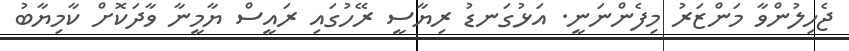
ޖެހިލުންވާ މަންޒަރު މިފެންނަނީ. އަޅުގަނޑު ރިޔާސީ ރޭހުގައި ރައީސް ޔާމީނާ ވާދަކޮށް ކާމިޔާބު